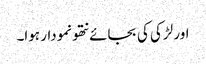
اور لڑکی کی بجائے نتھو نمودار ہوا۔